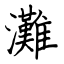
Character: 灘